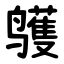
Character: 鹱